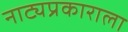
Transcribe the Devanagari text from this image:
नाट्यप्रकाराला